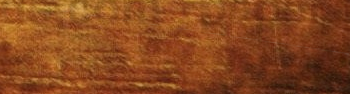
lower prices